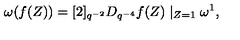
\omega ( f ( Z ) ) = [ 2 ] _ { q ^ { - 2 } } D _ { q ^ { - 4 } } f ( Z ) \mid _ { Z = 1 } \omega ^ { 1 } ,